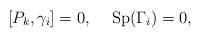
LaTeX: \begin{align*}[P_k,\gamma_i]=0, \hspace{5mm} {\rm Sp}(\Gamma_i)=0, \end{align*}